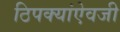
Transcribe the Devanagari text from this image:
ठिपक्यांऐवजी